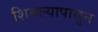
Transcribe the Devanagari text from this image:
शिमल्यापासुन